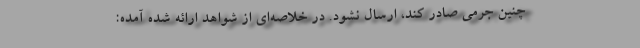
چنین جرمی صادر کند، ارسال نشود. در خلاصه‌ای از شواهد ارائه شده آمده: